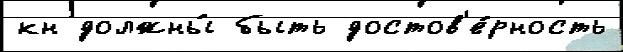
кн должны́ быть достов'е́рность